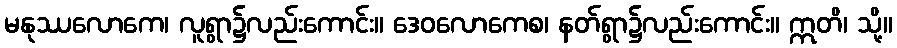
မနုဿလောကေ၊ လူရွာ၌လည်းကောင်း။ ဒေဝလောကေစ၊ နတ်ရွာ၌လည်းကောင်း။ ဣတိ၊ သို့။